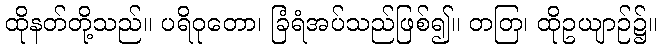
ထိုနတ်တို့သည်။ ပရိဝုတော၊ ခြံရံအပ်သည်ဖြစ်၍။ တတြ၊ ထိုဥယျာဉ်၌။